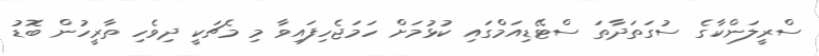
ސްރީލަންކާގެ ސުގަތަދާތަ ސްޓޭޑިއަމްގައި ކުޅުމަށް ހަމަޖެހިފައިވާ މި މެޗަކީ ދިވެހި ތާރީހުން ބޮޑު